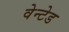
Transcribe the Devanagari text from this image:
वेन्टेड